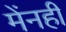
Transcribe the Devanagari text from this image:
मेंनहीं